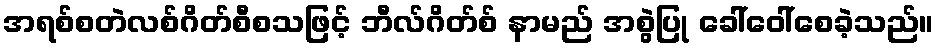
အရစ်စတဲလစ်ဂိတ်စီစသဖြင့် ဘီလ်ဂိတ်စ် နာမည် အစွဲပြု ခေါ်ဝေါ်စေခဲ့သည်။